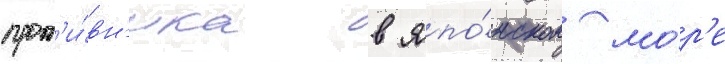
прот'и́вн'ика в япо́нском мо́р'е